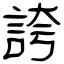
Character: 誇